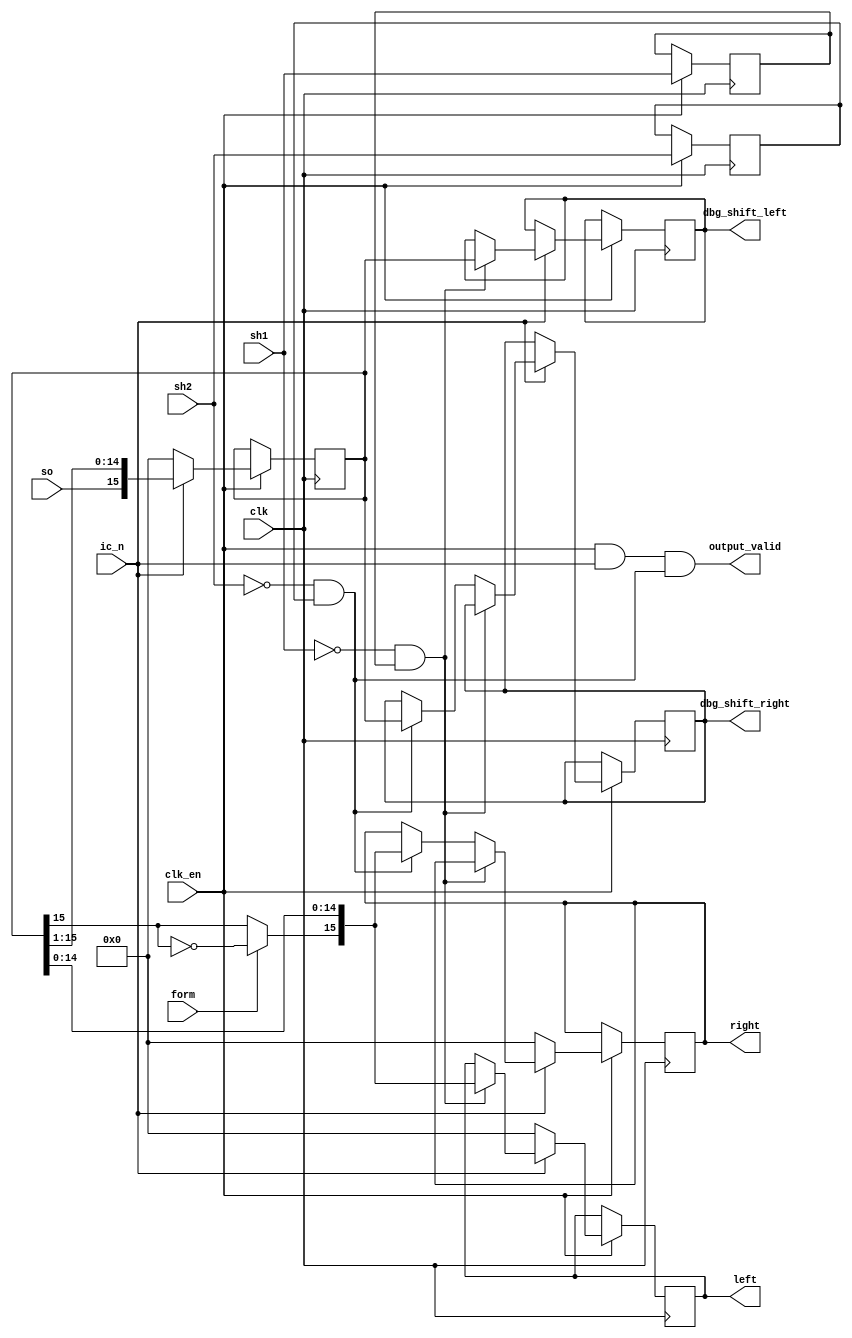
module ym3016(
	input clk,
	input clk_en,

	input ic_n,

	input form,

	input so,
	input sh1,
	input sh2,

	// Debug output

	output reg [15:0] dbg_shift_left,
	output reg [15:0] dbg_shift_right,

	// Audio output

	output reg signed [15:0] left, 
	output reg signed [15:0] right, 
	output output_valid
);
	assign output_valid = clk_en && ic_n && sh2_fell;

	reg [15:0] shift_in;

	reg sh1_r, sh2_r;
	wire sh1_fell = !sh1 && sh1_r;
	wire sh2_fell = !sh2 && sh2_r;

	always @(posedge clk) begin
		if (clk_en) begin
			sh1_r <= sh1;
			sh2_r <= sh2;
		end
	end

	wire input_msb = form ? !shift_in[15] : shift_in[15];
	wire [15:0] input_signed = {input_msb, shift_in[14:0]};

	always @(posedge clk) begin
		if (clk_en) begin
			if (!ic_n) begin
				left <= 0;
				right <= 0;
			end else if (sh1_fell) begin
				left <= input_signed;
				dbg_shift_left <= shift_in;
			end else if (sh2_fell) begin
				right <= input_signed;
				dbg_shift_right <= shift_in;
			end
		end
	end

	always @(posedge clk) begin
		if (clk_en) begin
			if (!ic_n) begin
				shift_in <= 0;
			end else begin
				shift_in <= {so, shift_in[15:1]};
			end
		end
	end

endmodule